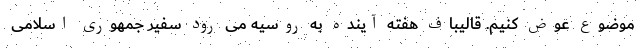
موضوع عوض کنیم. قالیباف هفته آینده به روسیه می رود سفیر جمهوری اسلامی